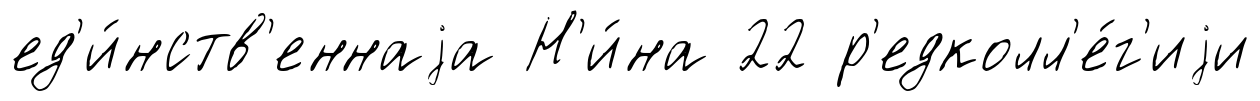
ед'и́нств'еннаjа Н'и́на 22 р'едколл'е́г'иjи